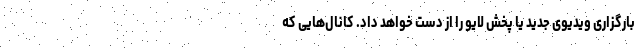
بارگزاری ویدیوی جدید یا پخش لایو را از دست خواهد داد. کانال‌هایی که